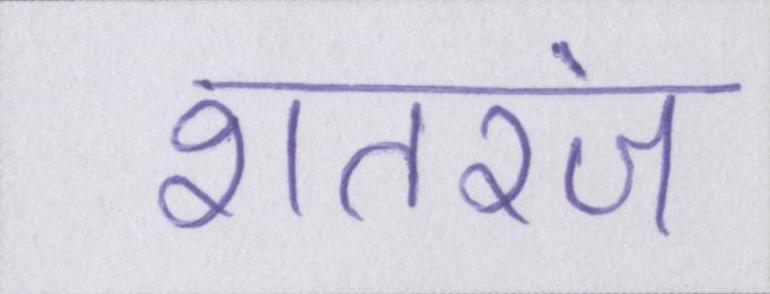
शतरंज